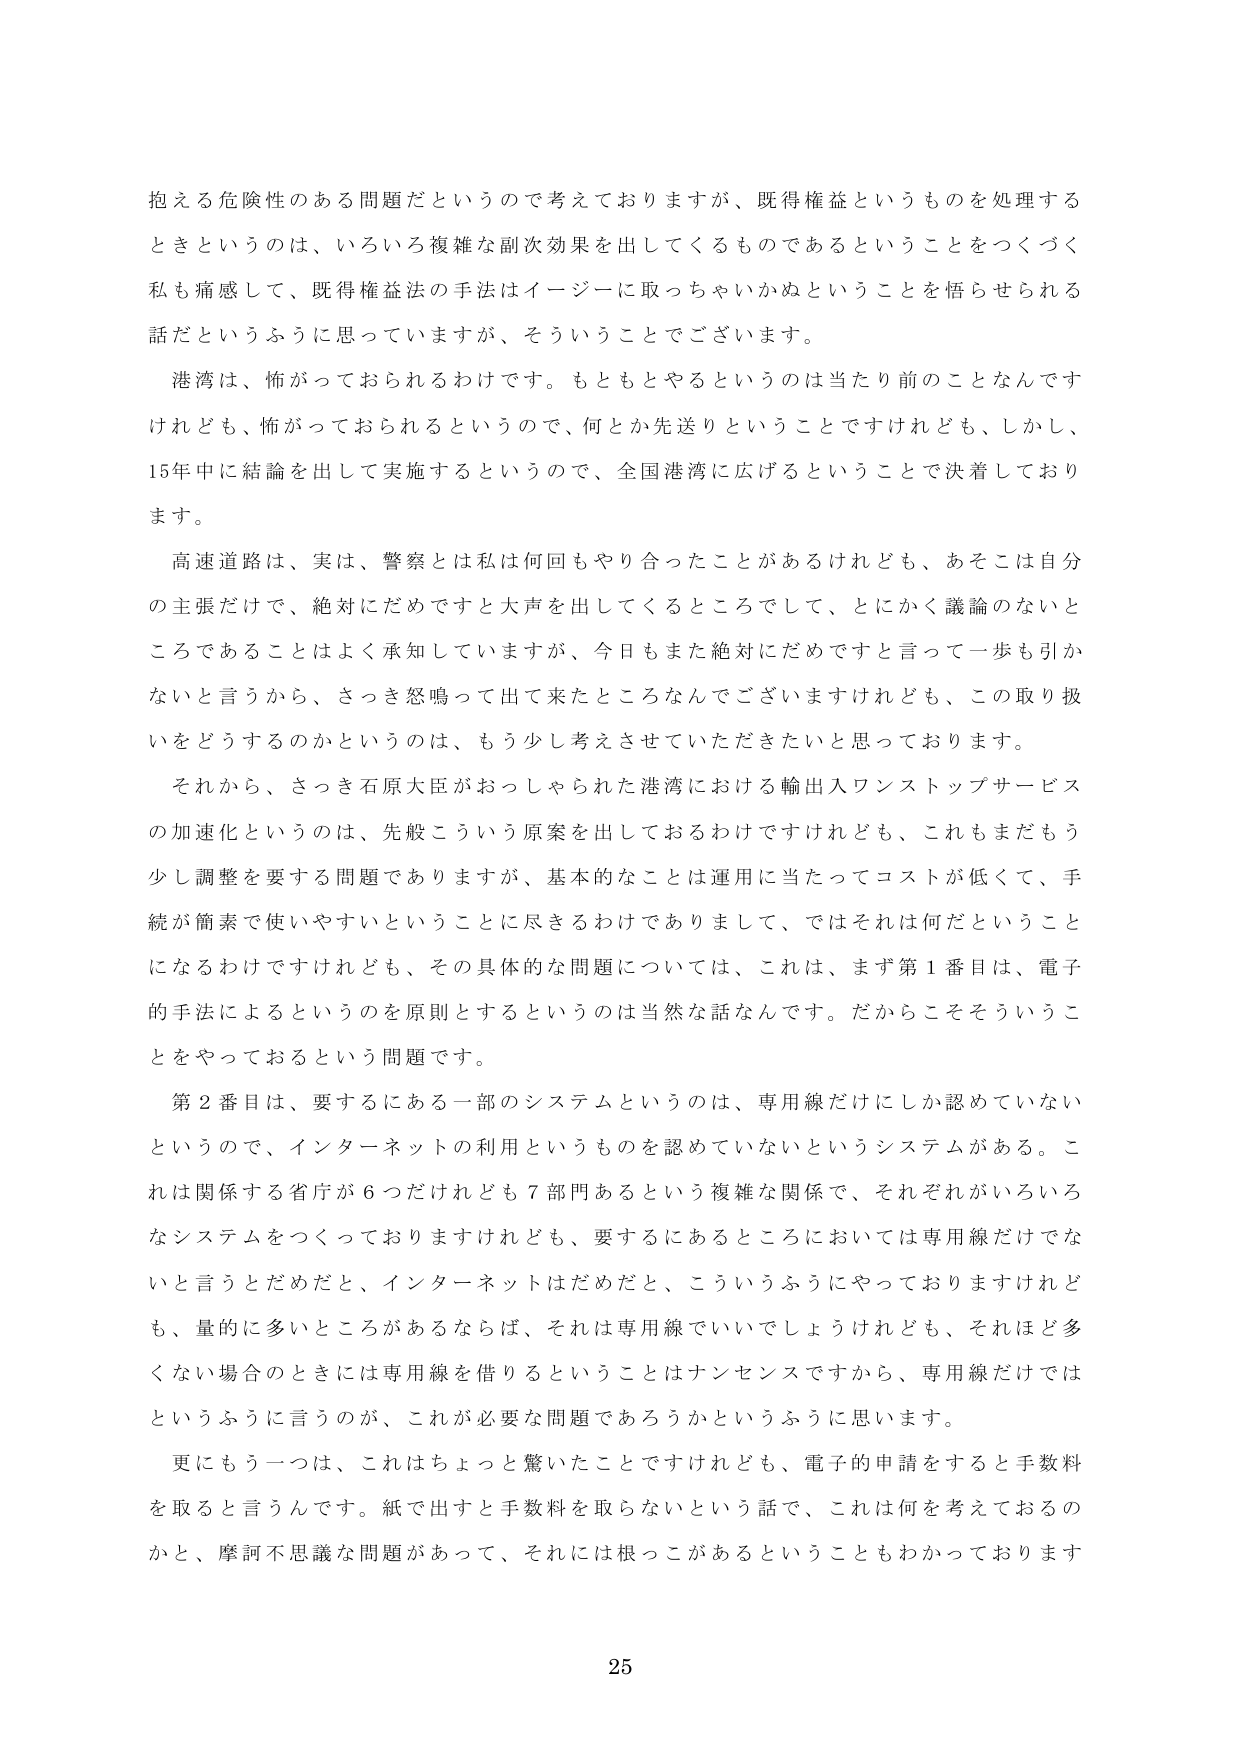
抱える危険性のある問題だというので考えておりますが、既得権益というものを処理する
ときというのは、いろいろ複雑な副次効果を出してくるものであるということをつくづく
私も痛感して、既得権益法の手法はイージーに取っちゃいかぬということを悟らせられる
話だというふうに思っていますが、そういうことでございます。

港湾は、怖がっておられるわけです。もともとやるというのは当たり前のことなんです
けれども、怖がっておられるというので、何とか先送りということですけれども、しかし、
15年中に結論を出して実施するというので、全国港湾に広げるということで決着しており
ます。

高速道路は、実は、警察とは私は何回もやり合ったことがあるけれども、あそこは自分
の主張だけで、絶対にだめですと大声を出してくるところのでして、とにかく議論のないと
ころであることはよく承知していますが、今日もまた絶対にだめですと言って一歩も引か
ないと言うから、さっき怒鳴って出て来たところなんでございますけれども、この取り扱
いをどうするのかというのは、もう少し考えさせていただきたいと思っております。

それから、さっき石原大臣がおっしゃられた港湾における輸出入ワンストップサービス
の加速化というのは、先般こういう原案を出しておるわけですけれども、これもまだもう
少し調整を要する問題でありますが、基本的なことは運用に当たってコストが低くて、手
続が簡素で使いやすいということに尽きるわけでありまして、ではそれは何だということ
になるわけですけれども、その具体的な問題については、これは、まず第１番目は、電子
的手法によるというのを原則とするというのは当然な話なんです。だからこそそういうこ
とをやっておるという問題です。

第２番目は、要するにある一部のシステムというのは、専用線だけにしか認めていない
というので、インターネットの利用というものを認めていないというシステムがある。こ
れは関係する省庁が６つだけれども７部門あるという複雑な関係で、それぞれがいろいろ
なシステムをつくっておりますけれども、要するにあるところにおいては専用線だけでな
いと言うとだめだと、インターネットはだめだと、こういうふうにやっておりますけれど
も、量的に多いところがあるならば、それは専用線でいいでしょうけれども、それほど多
くない場合のときには専用線を借りるということはナンセンスですから、専用線だけでは
というふうに言うのが、これが必要な問題であろうかというふうに思います。

更にもう一つは、これはちょっと驚いたことですけれども、電子的申請をすると手数料
を取ると言うんです。紙で出すと手数料を取らないという話で、これは何を考えておるの
かと、摩訶不思議な問題があって、それには根っこがあるということもわかっております

25